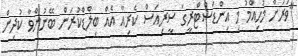
"ވަރަށް މުހިއްމު މި އިންޑަސްޓްރީގަ ސީރިއަސް ކެރިއާ އެއް ބިލްޑްކުރަން ބޭނުންވާ ކުދިން